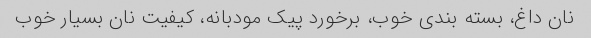
نان داغ، بسته بندی خوب، برخورد پیک مودبانه، کیفیت نان بسیار خوب